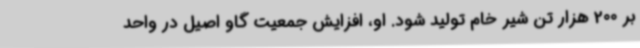
بر 200 هزار تن شیر خام تولید شود. او، افزایش جمعیت گاو اصیل در واحد